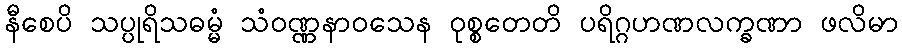
နီစေပိ သပ္ပုရိသဓမ္မံ သံဝဏ္ဏနာဝသေန ဝုစ္စတေတိ ပရိဂ္ဂဟဏလက္ခဏာ ဖလိမာ